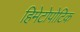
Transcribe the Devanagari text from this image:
हिमेटोपोटिक